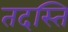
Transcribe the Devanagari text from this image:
तदस्ति